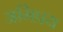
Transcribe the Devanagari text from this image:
अभिप्रय